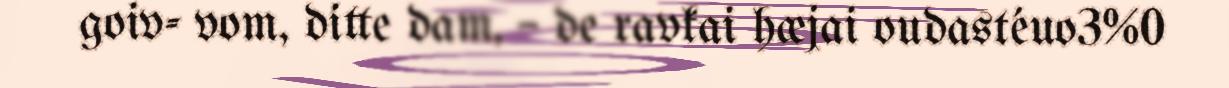
goiv- vom, ditte dam, – de ravkai hæjai oudastéuo3%0